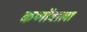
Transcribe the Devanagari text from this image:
कणोंवाला